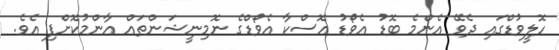
ހޮލީވުޑްގައި ދެވޭ އެންމެ ބޮޑު އެވޯޑު އޮސްކާ އެވޯޑްގެ ނޮމިނީޝަންތައް އާންމުކޮށްފި އެވެ.